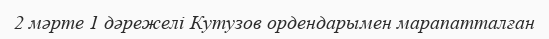
2 мәрте 1 дәрежелі Кутузов ордендарымен марапатталған